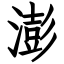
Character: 澎